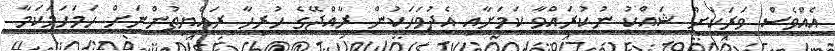
އެއްވެސް ވަރަކަށް ޝައްކު ނުކުރައްވާ ކަމަށާއި އެދުވަހަކުން ރާއްޖޭގެ ހުރިހާ ރައްޔިތުންނަށް ހަމަހަމަކަމާ